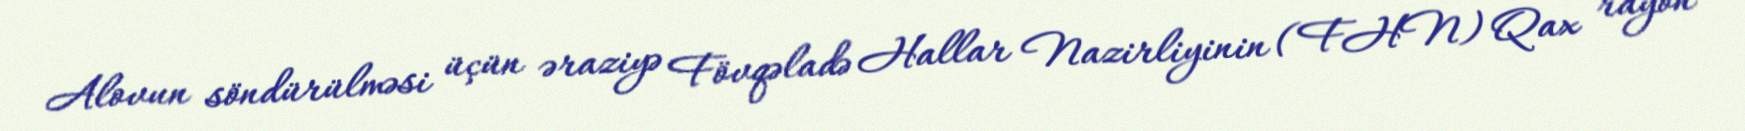
Alovun söndürülməsi üçün əraziyə Fövqəladə Hallar Nazirliyinin (FHN) Qax rayon